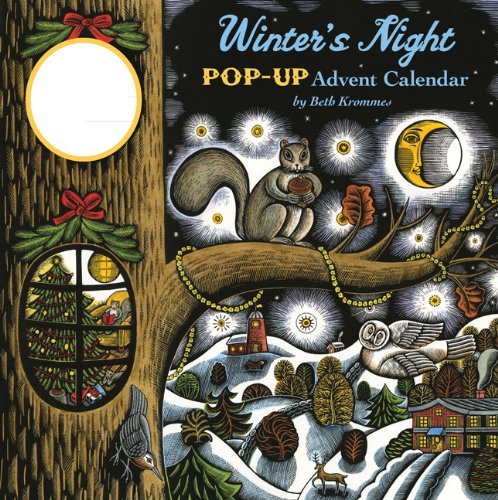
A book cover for Winter's Night Pop-Up Advent Calendar; Calendars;